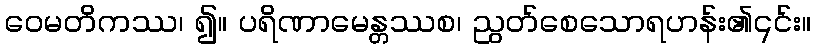
ဝေမတိကဿ၊ ၍။ ပရိဏာမေန္တဿစ၊ ညွတ်စေသောရဟန်း၏၎င်း။